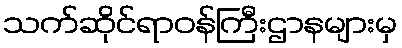
သက်ဆိုင်ရာဝန်ကြီးဌာနများမှ